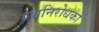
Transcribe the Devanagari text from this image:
गभ्रनिरोधकों